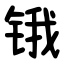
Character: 锇